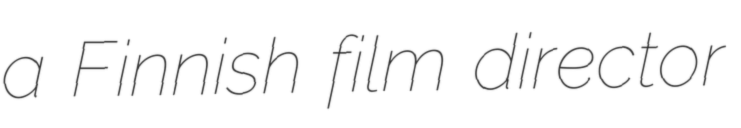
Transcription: a Finnish film director